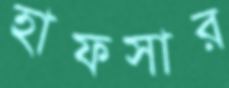
হাফসার